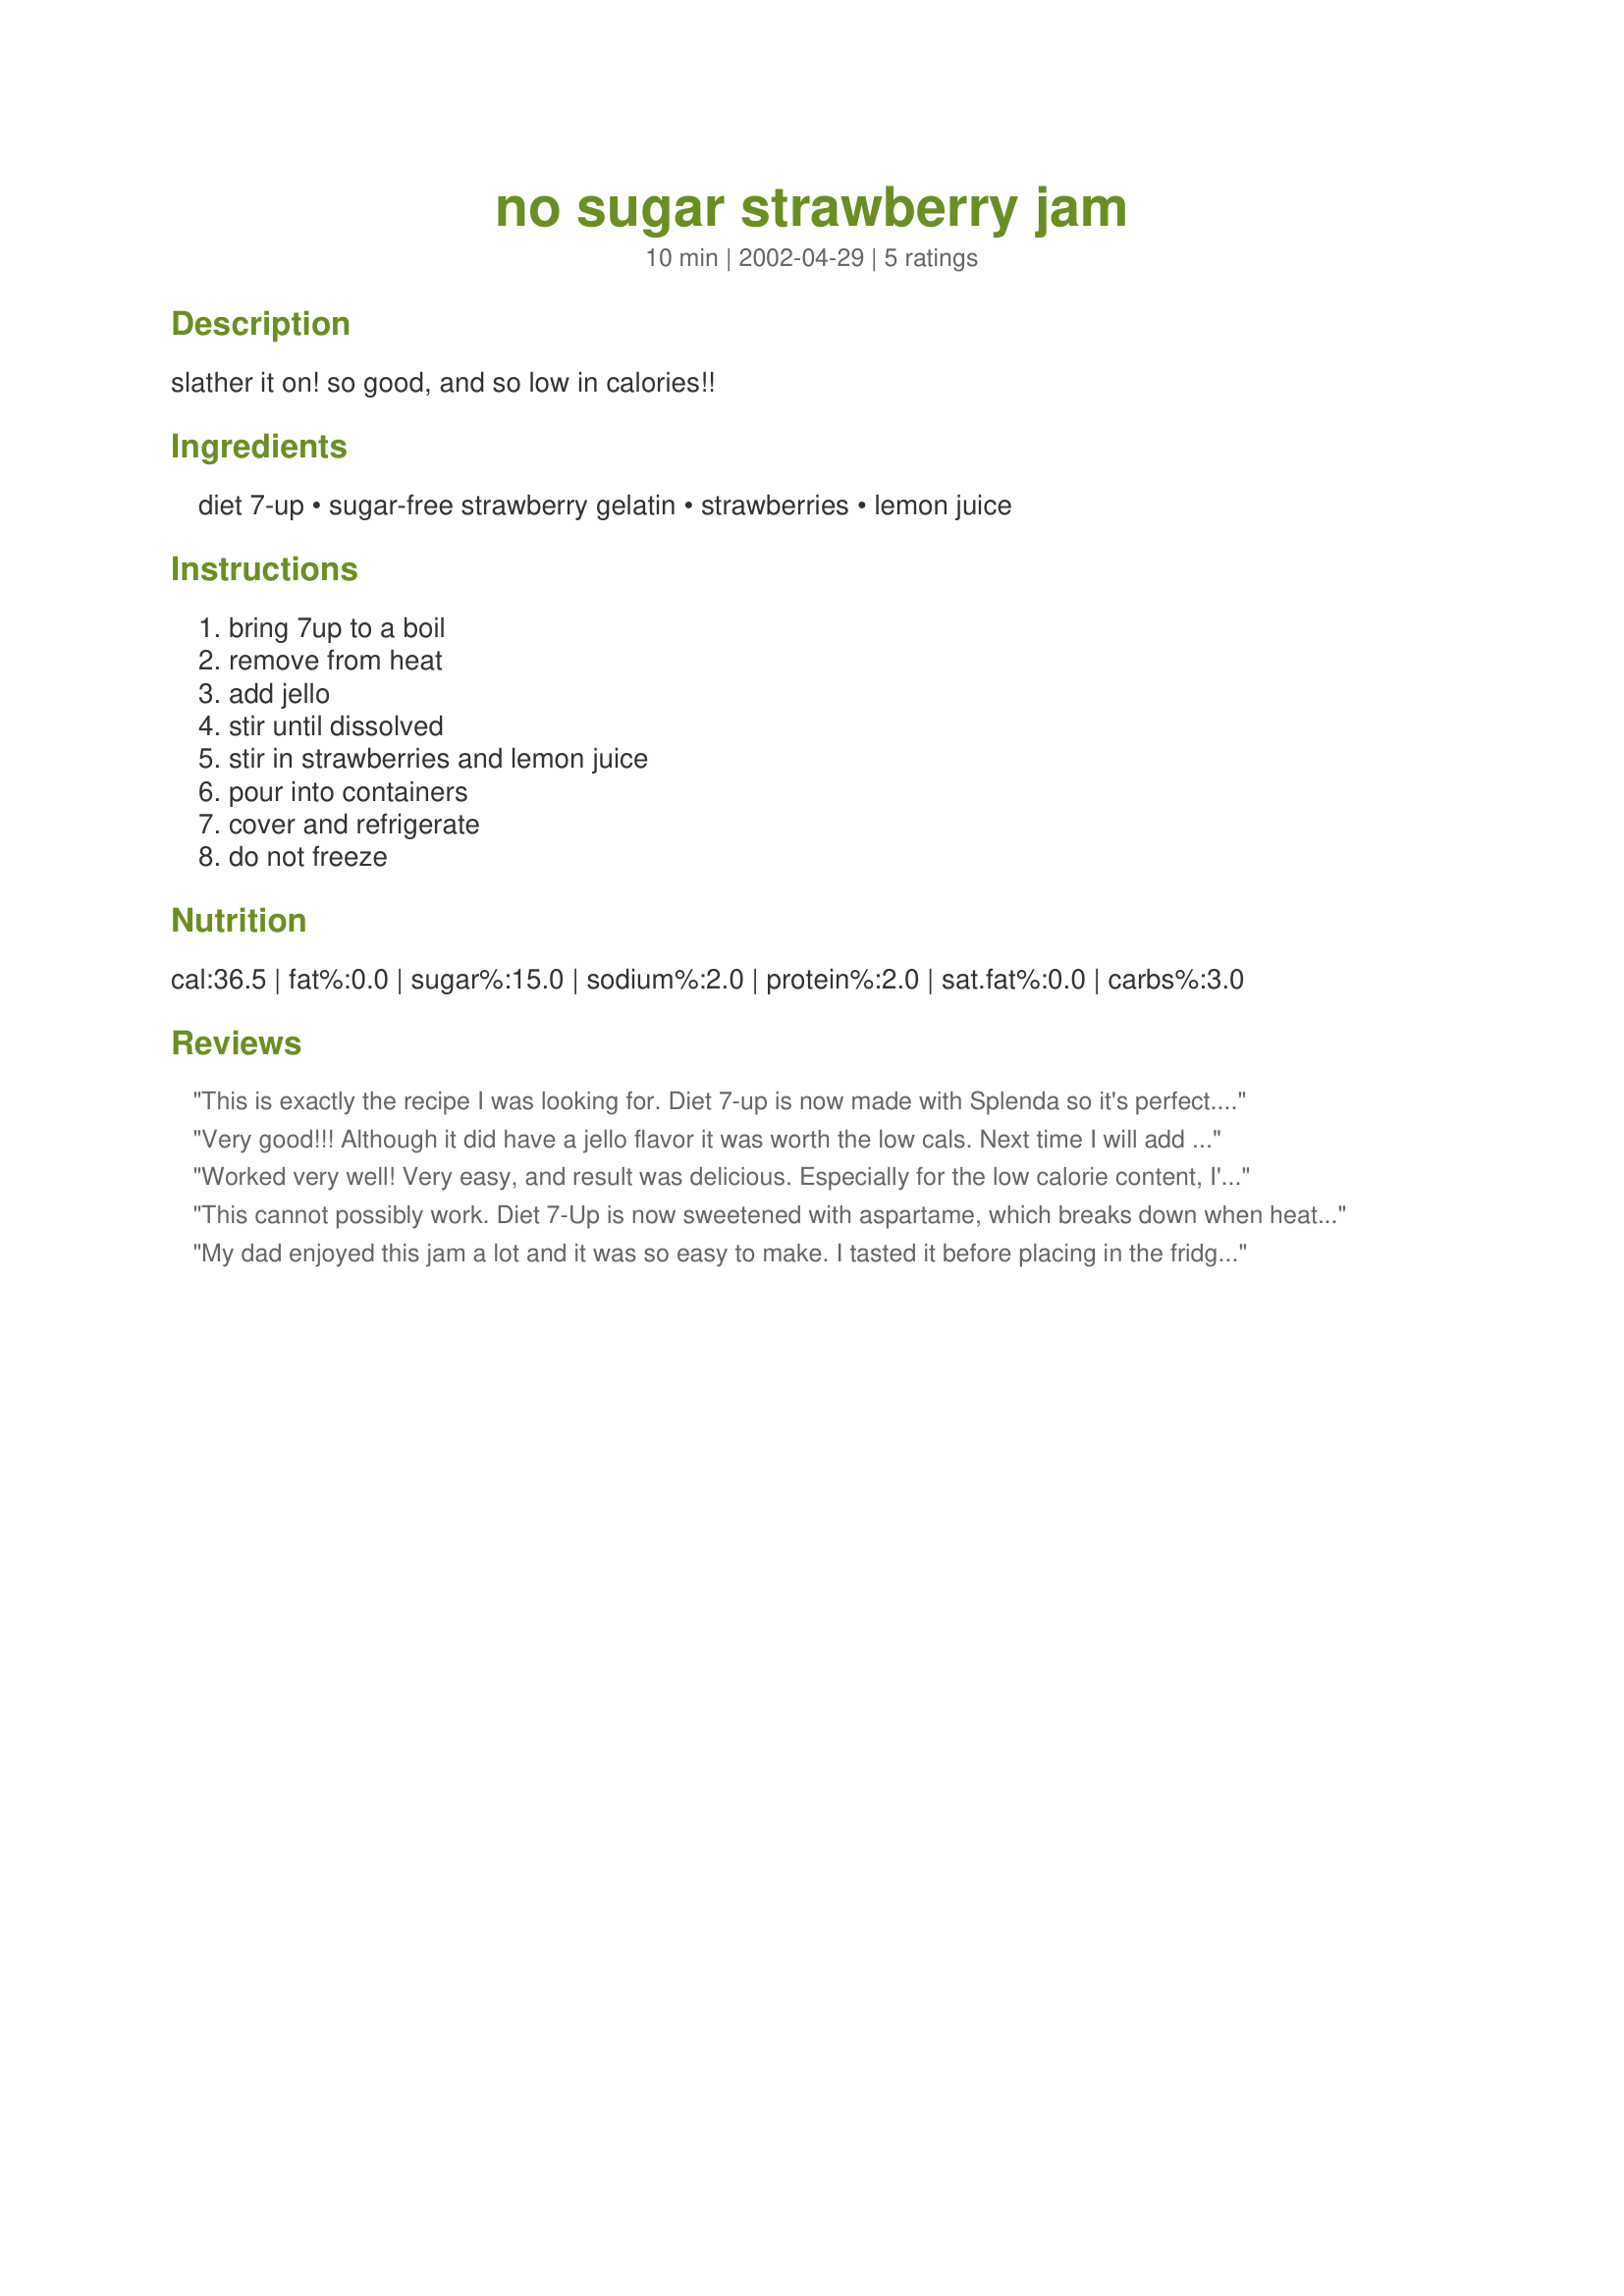
no sugar strawberry jam
Preparation time: 10 minutes

slather it on! so good, and so low in calories!!

Ingredients:
diet 7-up, sugar-free strawberry gelatin, strawberries, lemon juice

Steps:
bring 7up to a boil, remove from heat, add jello, stir until dissolved, stir in strawberries and lemon juice, pour into containers, cover and refrigerate, do not freeze

Reviews:
This is exactly the recipe I was looking for.
Diet 7-up is now made with Splenda so it's perfect. It not only is low carb, it tastes great!
Very good!!! Although it did have a jello flavor it was worth the low cals. Next time I will add more strawberries. If you're worried about cooking aspartame I found a diet soda with Splenda called Hansen's. I used the Tangerine Lime flavor.
Worked very well! Very easy, and result was delicious. Especially for the low calorie content, I'll definitely be making this jam again. What's even better is that it actually set! (A lot of low-sugar or sugar-free jams refuse to set properly). Great recipe!
This cannot possibly work. Diet 7-Up is now sweetened with aspartame, which breaks down when heated. While much older versions used saccharine, which is stable, this is no longer the case. The resulting jam will have no sweetener at all and be badly unbalanced, possibly even bitter.
My dad enjoyed this jam a lot and it was so easy to make. I tasted it before placing in the fridge to set and it was really good. Nice fresh strawberry flavor even though I used frozen sliced strawberries. The jam sets up well but it is almost like jello. Smashing with a fork before using it on toast would do the trick and look like jam. Thank you Mizz Nezz for posting this recipe!
